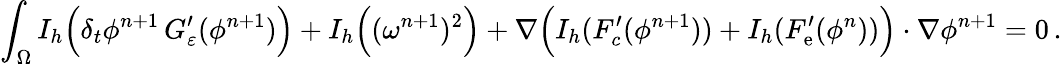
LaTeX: \displaystyle\int_{\Omega}I_{h}\Big(\delta_{t}\phi^{n+1}\, G_{\varepsilon}^{\prime}(\phi^{n+1})\Big)+I_{h}\Big((\omega^{n+1})^{2}\Big)+\nabla\Big(I_{h}(F_{c}^{\prime}(\phi^{n+1}))+I_{h}(F_{\mathrm{e}}^{\prime}(\phi^{n}))\Big)\cdot\nabla\phi^{n+1}=0\, .